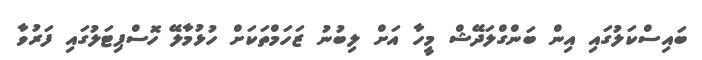
ބައިސްކަލުގައި އިން ބަންގްލަދޭޝް މީހާ އަށް ލިބުނު ޒަހަމްތަކަށް ހުޅުމާލޭ ހޮސްޕިޓަލުގައި ފަރުވާ